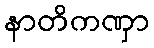
နာတိကဏှာ